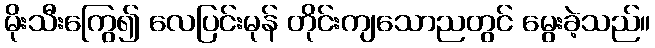
မိုးသီးကြွေ၍ လေပြင်းမုန် တိုင်းကျသောညတွင် မွေးခဲ့သည်။